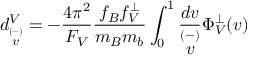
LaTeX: d _ { \stackrel { ( - ) } { v } } ^ { V } = - \frac { 4 \pi ^ { 2 } } { F _ { V } } \frac { f _ { B } f _ { V } ^ { \perp } } { m _ { B } m _ { b } } \int _ { 0 } ^ { 1 } \frac { d v } { \stackrel { ( - ) } { v } } \Phi _ { V } ^ { \perp } ( v )